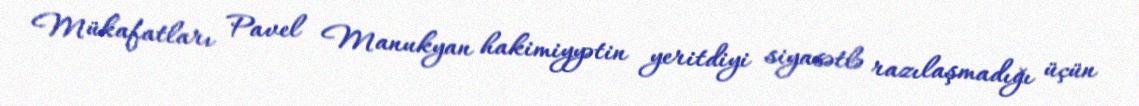
Mükafatları Pavel Manukyan hakimiyyətin yeritdiyi siyasətlə razılaşmadığı üçün